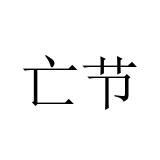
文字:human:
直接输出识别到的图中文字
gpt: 亡节